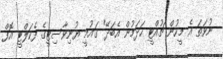
ނުވަތަ އެ މީހުން ޗުއްޓީ ހަދަމުން އެބަދޭ" ގައުމީ ޔުނިވާސިޓީގެ ފެކަލްޓީ އޮފް